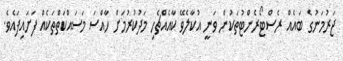
ޖަރުމަނުގެ ބައެއް ރެސްޓޯރެންޓުތަކުން ވަނީ އުކާލެވޭ ކާއެއްޗެހި މަދުކުރުމަށް ހާއްސަ މަސައްކަތްތަކެއް ފަށައިފައެވެ.